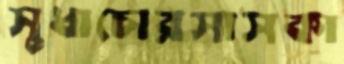
সুধাচোরসাসকা